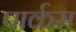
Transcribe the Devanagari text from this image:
पार्कस